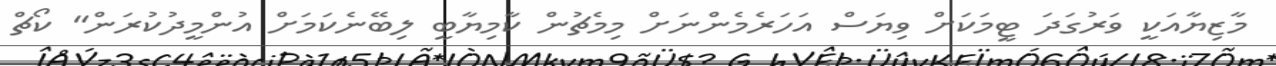
މާޒިޔާއަކީ ވަރުގަދަ ޓީމަކަށް ވިޔަސް އަހަރެމެންނަށް މިމެޗުން ކާމިޔާބީ ލިބޭނެކަމަށް އުންމީދުކުރަން" ކޯޗް